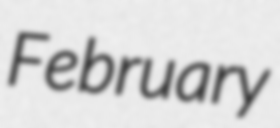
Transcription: February